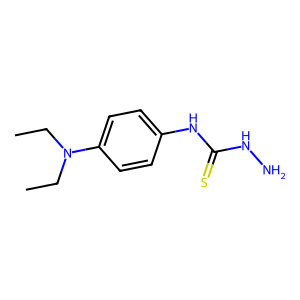
SMILES: CCN(CC)c1ccc(NC(=S)NN)cc1
Inhibits HIV replication: No